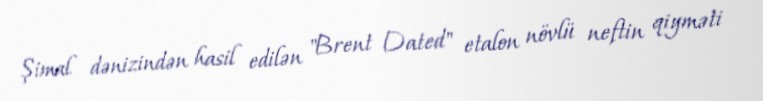
Şimal dənizindən hasil edilən "Brent Dated" etalon növlü neftin qiyməti